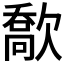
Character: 𣤙